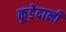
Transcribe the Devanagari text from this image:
कूड़ेदानी